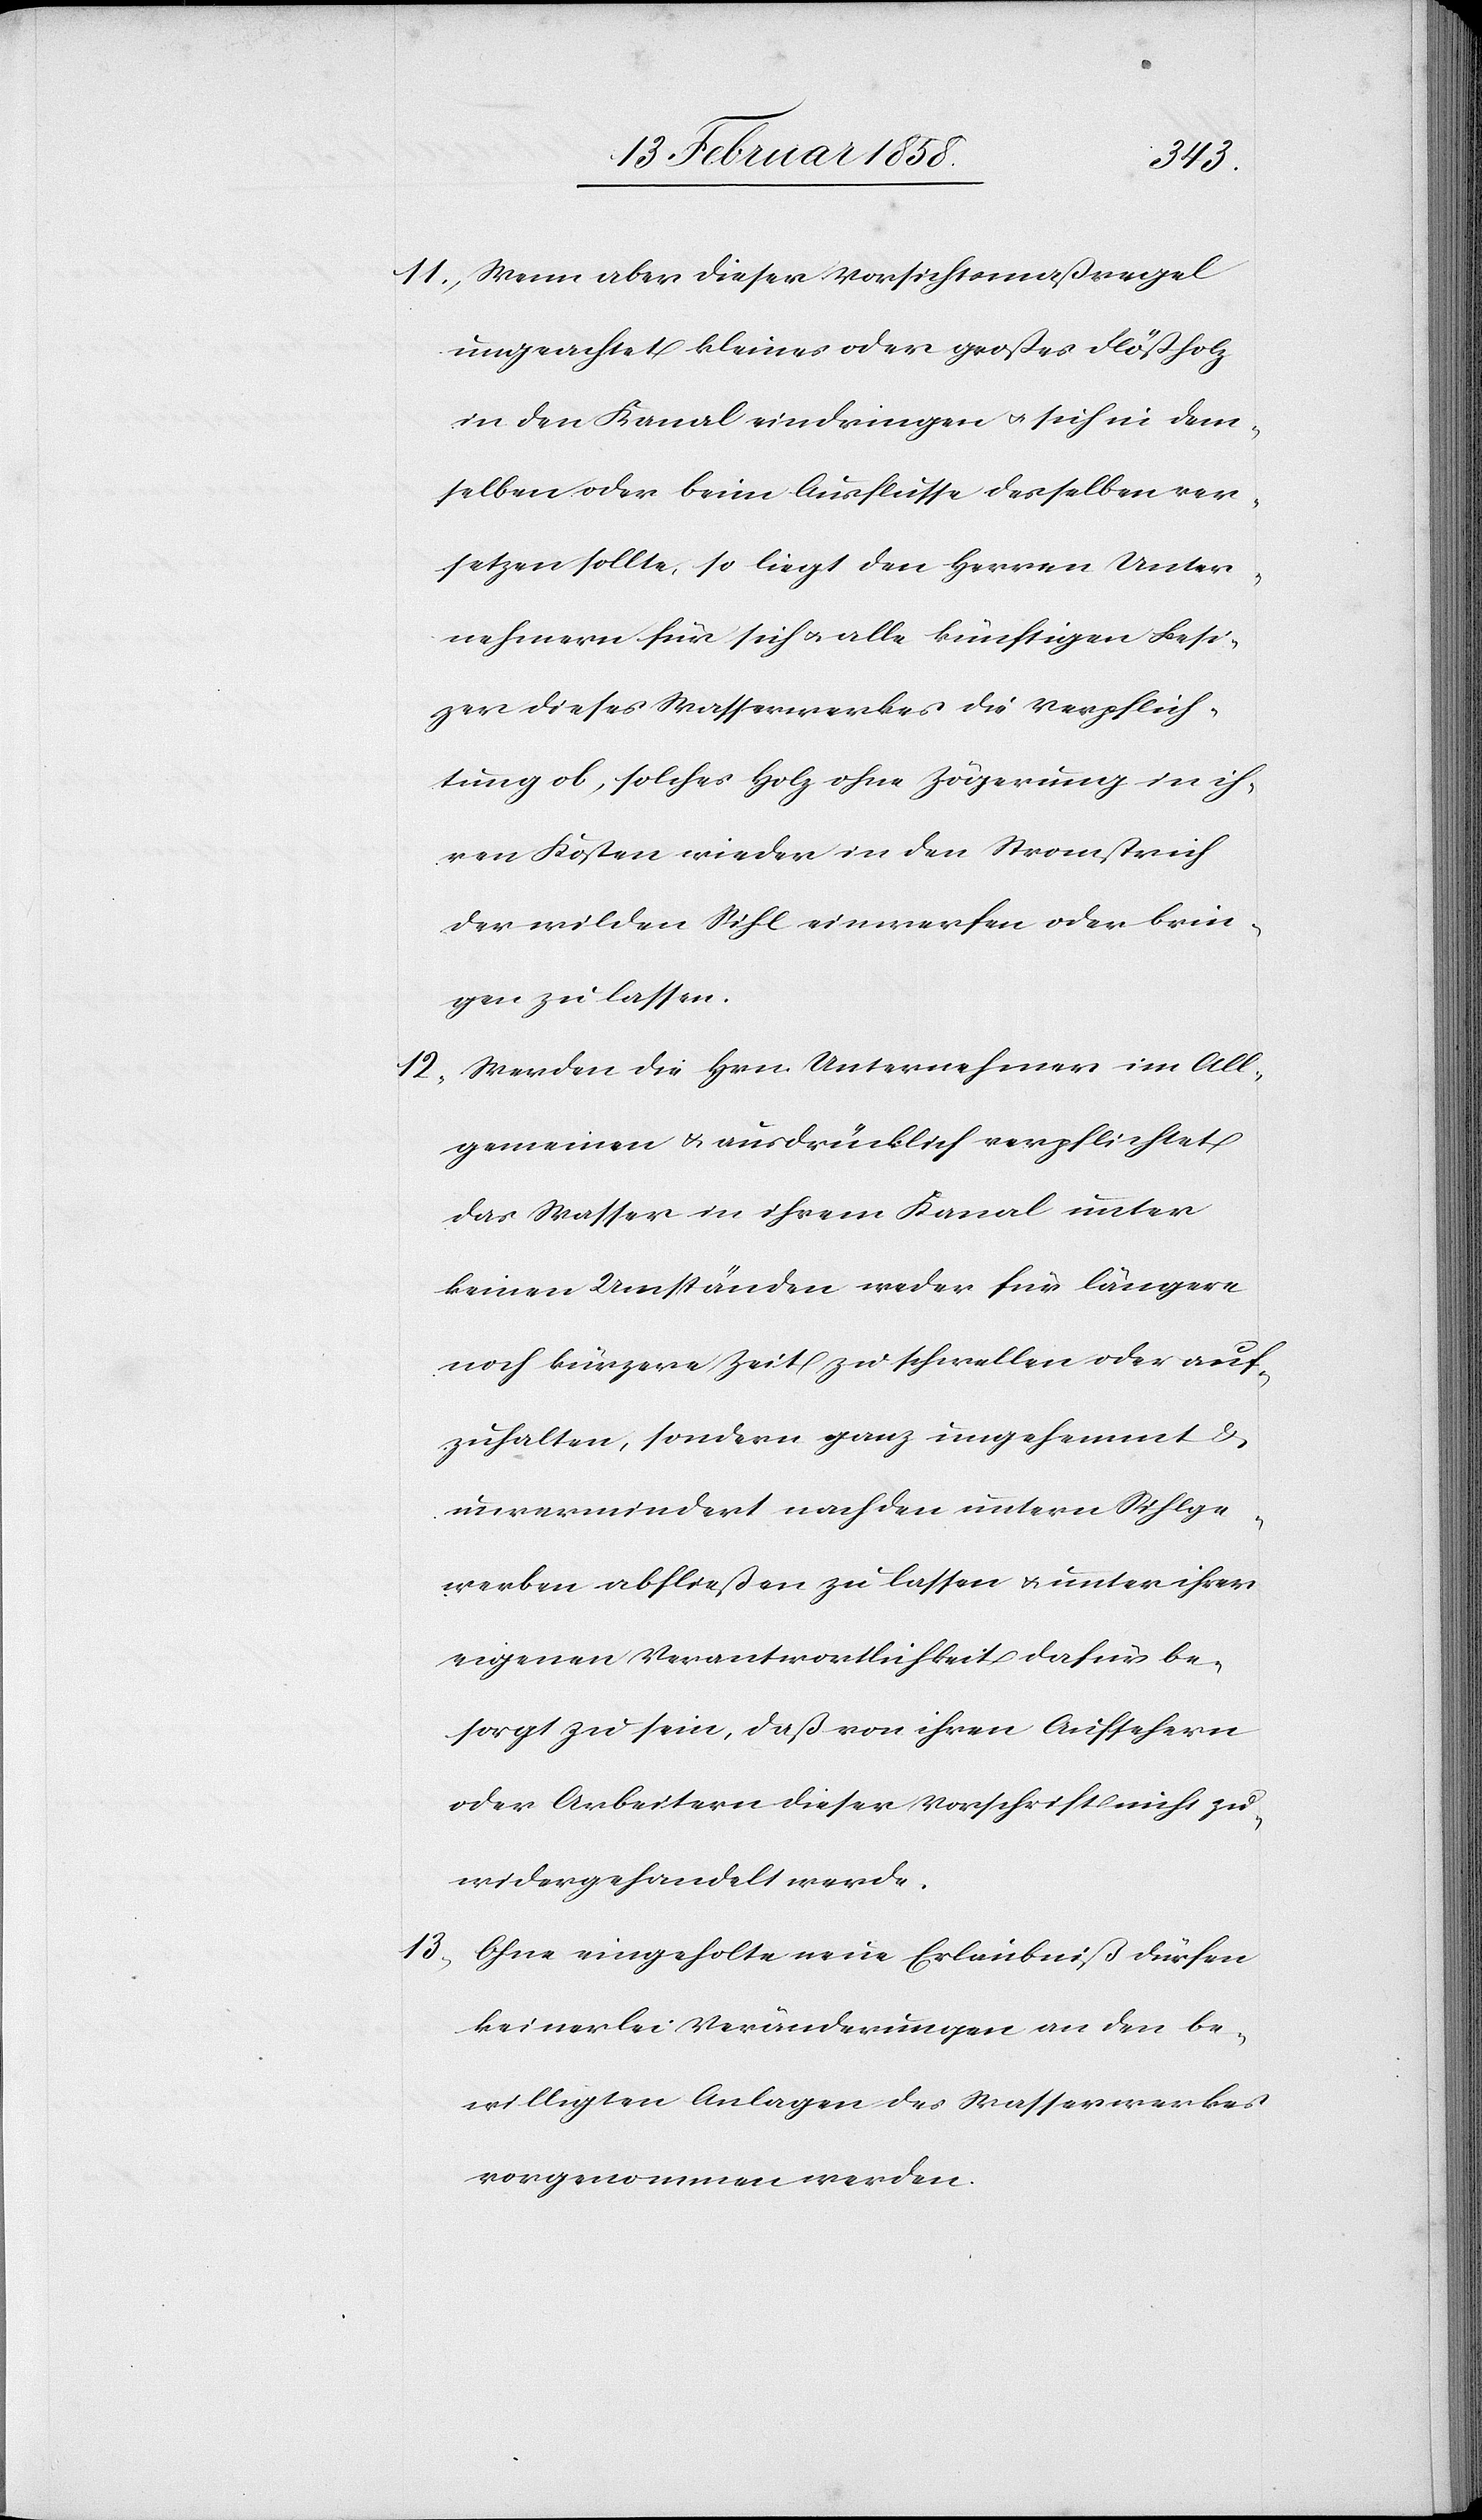
11. Wenn aber dieser Vorsichtsmaßregel
ungeachtet kleines oder großes Flößholz
in den Kanal eindringen u. sich in dem¬
selben oder beim Ausflusse desselben ver¬
setzen sollte, so liegt den Herren Unter¬
nehmern für sich u. alle künftigen Besi¬
zer [sic!] dieses Wasserwerkes die Verpflich¬
tung ob, solches Holz ohne Zögerung in ih¬
ren Kosten wieder in den Stromstrich
der wilden Sihl einwerfen oder brin¬
gen zu lassen.
12. Werden die Hrn. Unternehmer im All¬
gemeinen & ausdrücklich verpflichtet
das Wasser in ihrem Kanal unter
keinen Umständen weder für längere
noch kürzere Zeit zu schwellen oder auf¬
zuhalten, sondern ganz ungehemmt &
unvermindert nach den untern Sihlge¬
werben abfließen zu lassen u. unter ihrer
eigenen Verantwortlichkeit dafür be¬
sorgt zu sein, daß von ihren Aufsehern
oder Arbeitern dieser Vorschrift nicht zu¬
widergehandelt werde.
13. Ohne eingeholte neue Erlaubniß dürfen
keinerlei Veränderungen an den be¬
willigten Anlagen des Wasserwerkes
vorgenommen werden.